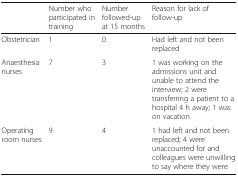
<table><thead><tr><td></td><td><b>Number who participated in training</b></td><td><b>Number followed-up at 15 months</b></td><td><b>Reason for lack of follow-up</b></td></tr></thead><tbody><tr><td>Obstetrician</td><td>1</td><td>0</td><td>Had left and not been replaced</td></tr><tr><td>Anaesthesia nurses</td><td>7</td><td>3</td><td>1 was working on the admissions unit and unable to attend the interview; 2 were transferring a patient to a hospital 4 h away; 1 was on vacation</td></tr><tr><td>Operating room nurses</td><td>9</td><td>4</td><td>1 had left and not been replaced; 4 were unaccounted for and colleagues were unwilling to say where they were</td></tr></tbody></table>